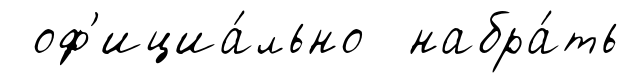
оф'ициа́льно набра́ть